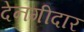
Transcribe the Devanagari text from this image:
देनगीदार